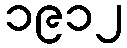
၁၉၁၂